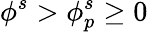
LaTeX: \phi^{s}>\phi_{p}^{s}\ge 0